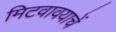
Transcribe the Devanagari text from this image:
मिटवावयाचें